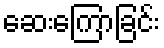
ဆေးကြောခြင်း